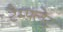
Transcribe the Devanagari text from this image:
टैम्पलेट